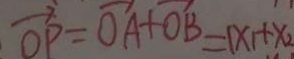
\overrightarrow { O P } = \overline { O A } + \overrightarrow { O B } = 1 x _ { 1 } + x _ { 2 }